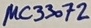
Text: µC33072